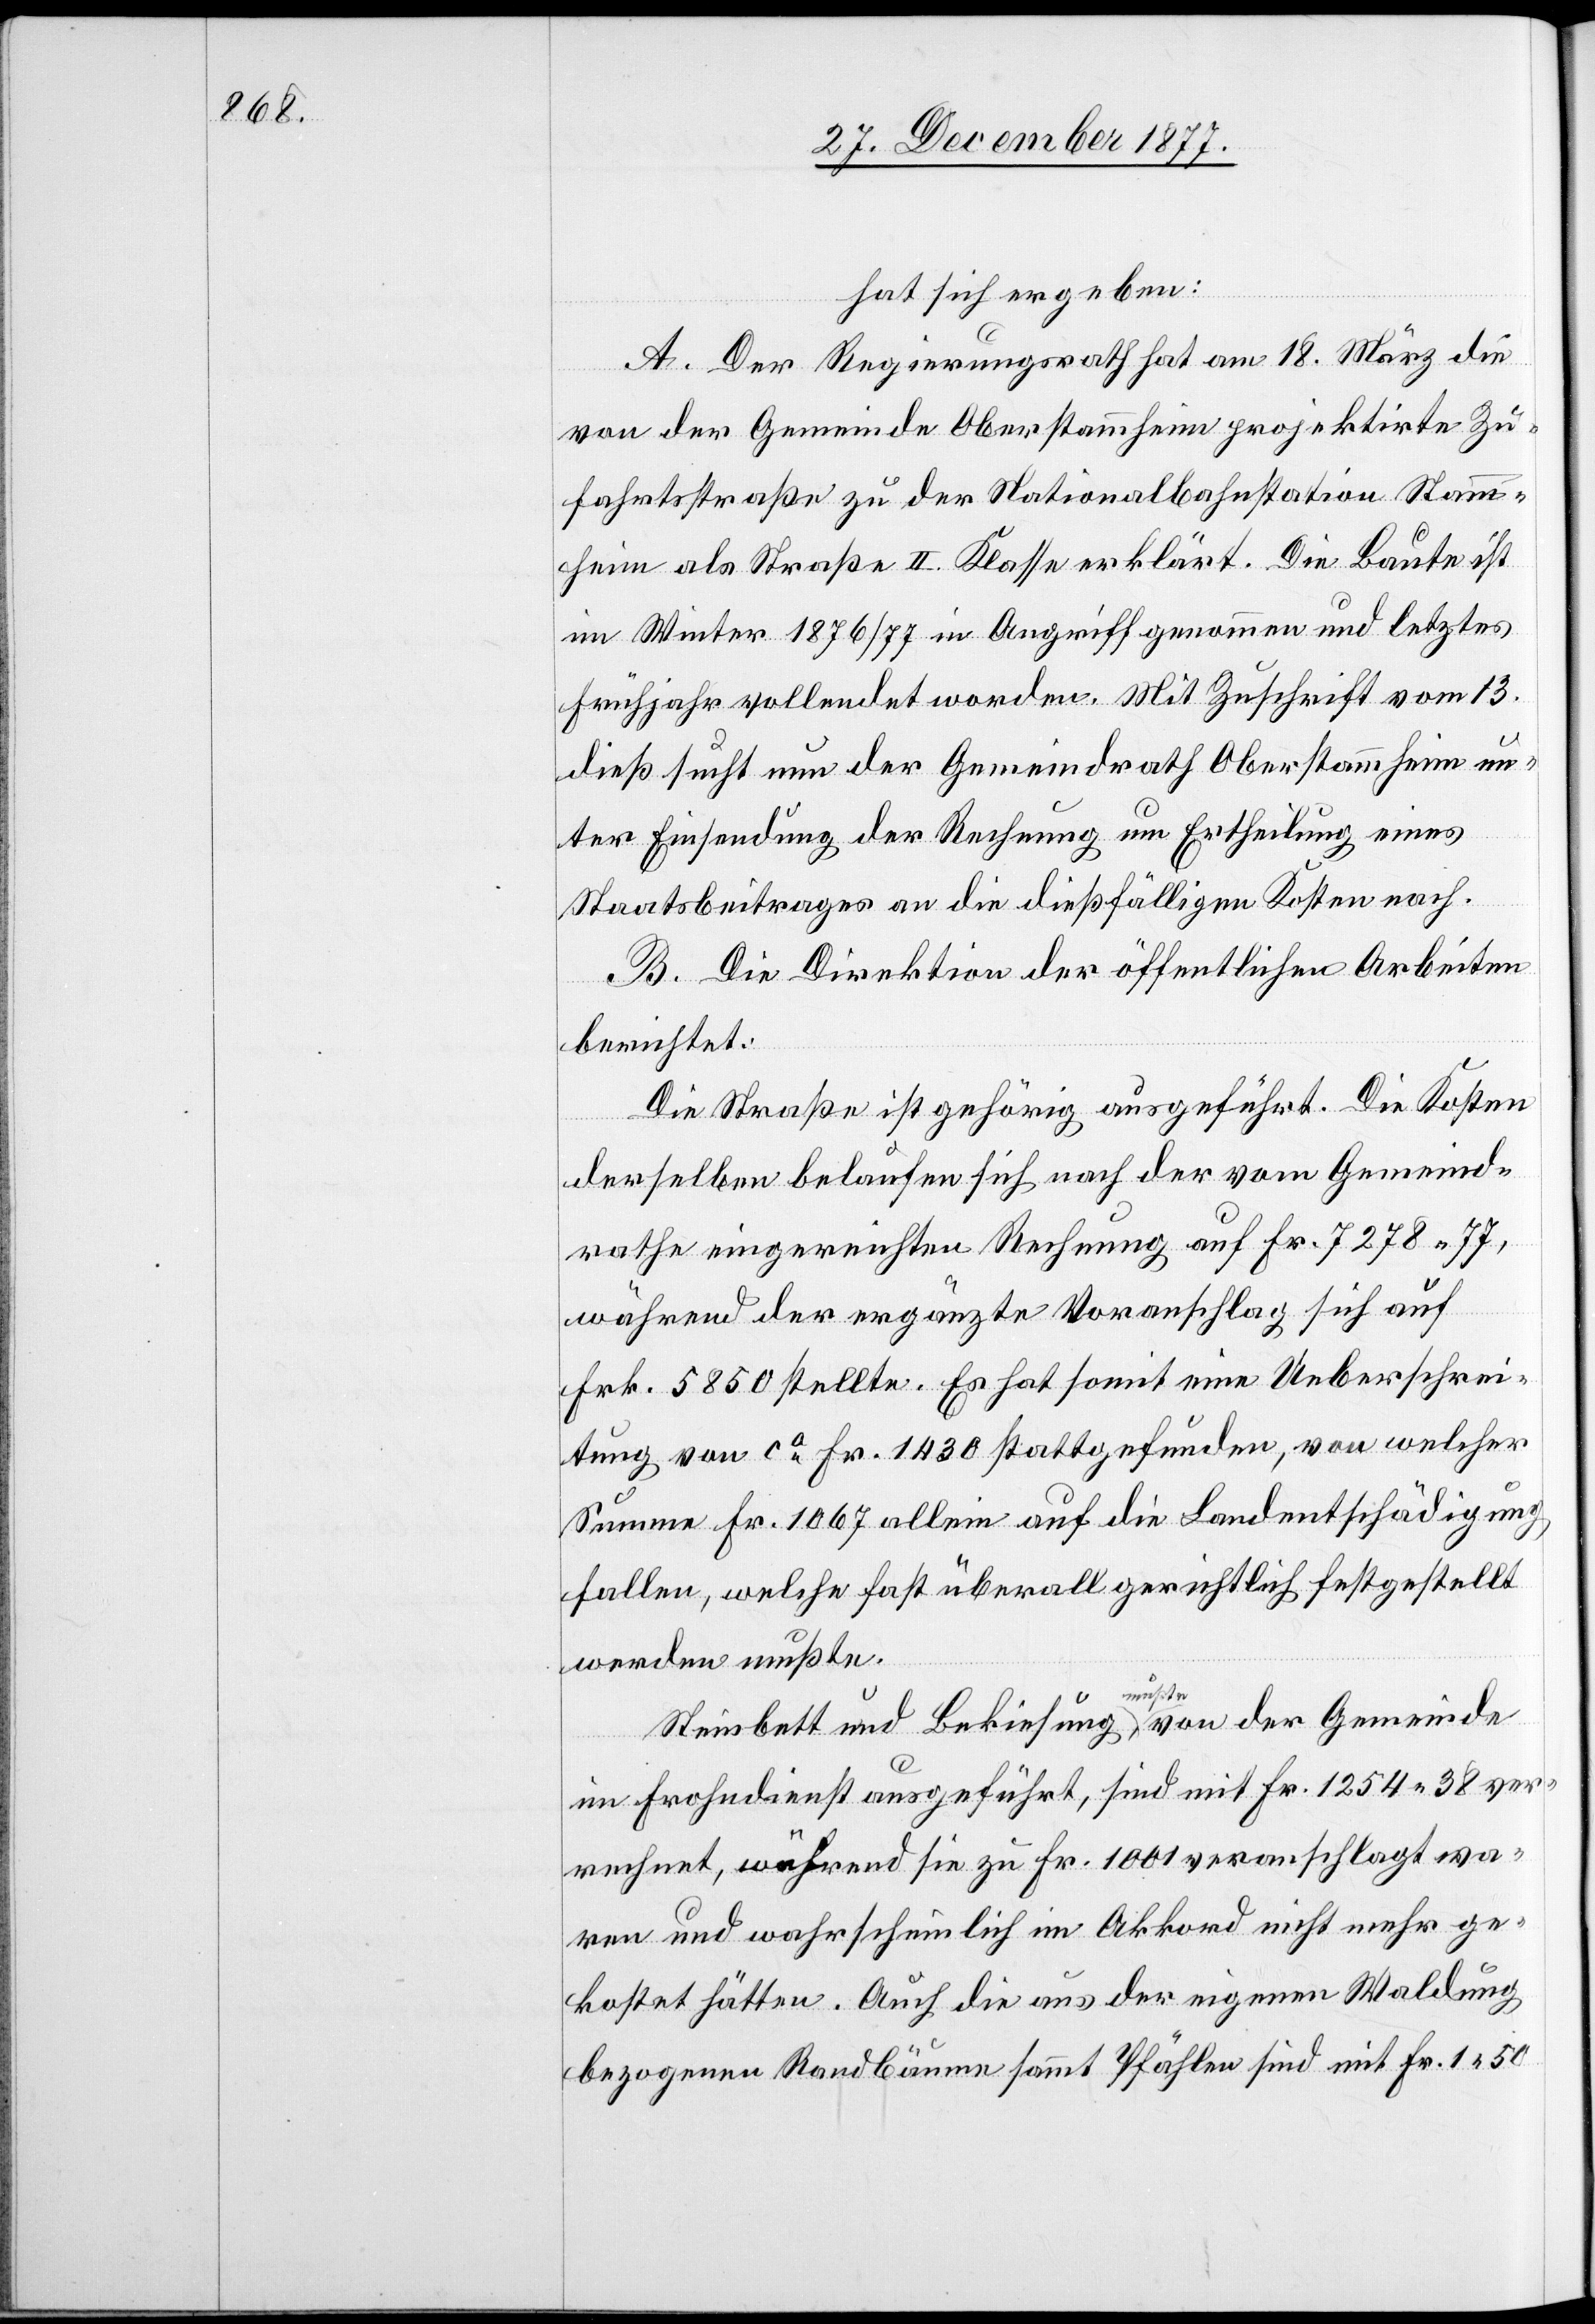
hat sich ergeben:
A. Der Regierungsrath hat am 18. März die
von der Gemeinde Oberstammheim projektirte Zu¬
fahrtsstraße zu der Nationalbahnstation Stamm¬
heim als Straße II. Klasse erklärt. Die Baute ist
im Winter 1876/77 in Angriff genommen und letztes
Frühjahr vollendet worden. Mit Zuschrift vom 13.
dieß sucht nun der Gemeindrath Oberstammheim un¬
ter Einsendung der Rechnung um Ertheilung eines
Staatsbeitrages an die dießfälligen Kosten nach.
B. Die Direktion der öffentlichen Arbeiten
berichtet:
Die Straße ist gehörig ausgeführt. Die Kosten
derselben belaufen sich nach der vom Gemeind¬
rathe eingereichten Rechnung auf Fr. 7278 77,
während der ergänzte Voranschlag sich auf
Frk. 5850 stellte. Es hat somit eine Ueberschrei¬
tung von ca Fr. 1430 stattgefunden, von welcher
Summe Fr. 1067 allein auf die Landentschädigung
fallen, welche fast überall gerichtlich festgestellt
werden mußte.
Steinbett und Bekiesung, mußte [sic!] von der Gemeinde
im Frohndienst ausgeführt, sind mit Fr. 1254 38 ver¬
rechnet, während sie zu Fr. 1001 veranschlagt wa¬
ren und wahrscheinlich im Akkord nicht mehr ge¬
kostet hätten. Auch die aus der eigenen Waldung
bezogenen Randbäume sammt Pfählen sind mit Fr. 1 50